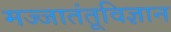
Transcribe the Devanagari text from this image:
मज्जातंतूविज्ञान